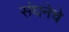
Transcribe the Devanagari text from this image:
संघनेचे